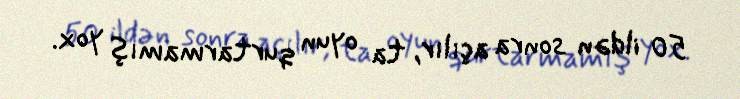
50 ildən sonra açılır, ta oyun qurtarmamış yox.